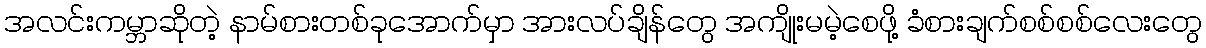
အလင်းကမ္ဘာဆိုတဲ့ နာမ်စားတစ်ခုအောက်မှာ အားလပ်ချိန်တွေ အကျိုးမမဲ့စေဖို့ ခံစားချက်စစ်စစ်လေးတွေ